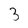
Character: 3